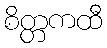
စိတ္တကထီ